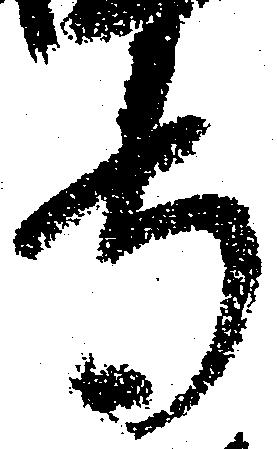
寺